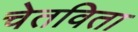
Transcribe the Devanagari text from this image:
चेतविता